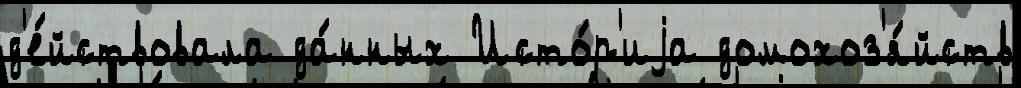
д'е́йствовала да́нных Исто́р'иjа домохоз'я́йств